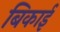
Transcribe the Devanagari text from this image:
बिकाई